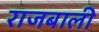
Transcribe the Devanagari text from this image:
राजबाली